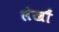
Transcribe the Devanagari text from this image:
लेखौं